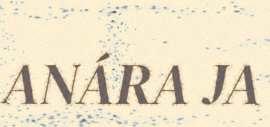
ANÁRA JA